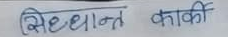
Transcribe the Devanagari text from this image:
सिध्दान्त काकी